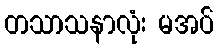
တသာသနာလုံး မအပ်